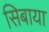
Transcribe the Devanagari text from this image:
सिबाया